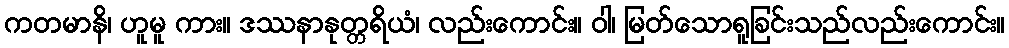
ကတမာနိ၊ ဟူမူ ကား။ ဒဿနာနုတ္တရိယံ၊ လည်းကောင်း။ ဝါ၊ မြတ်သောရူခြင်းသည်လည်းကောင်း။